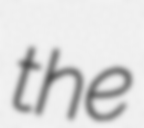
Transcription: the